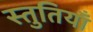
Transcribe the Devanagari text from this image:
स्‍तुतियाँ